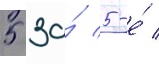
5 за́ 5-е́ /